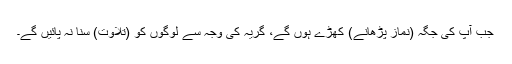
جب آپ کی جگہ (نماز پڑھانے) کھڑے ہوں گے، گریہ کی وجہ سے لوگوں کو (تلاوت) سنا نہ پائیں گے۔